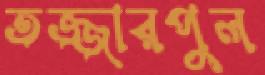
তজ্জারপুল